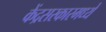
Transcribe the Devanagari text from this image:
केंद्रसरकारमध्ये